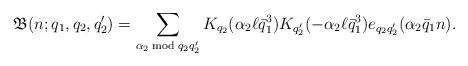
LaTeX: \begin{align*}\mathfrak{B}(n;q_1,q_2,q_2')=\sum_{\alpha_2\bmod{q_2q_2'}}K_{q_2}(\alpha_2\ell\bar{q}_1^3)K_{q_2'}(-\alpha_2\ell\bar{q}_1^3)e_{q_2q_2'}(\alpha_2\bar{q}_1 n).\end{align*}